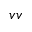
v v